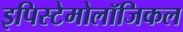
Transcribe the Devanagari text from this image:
इपिस्टेमोलॉजिकल